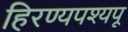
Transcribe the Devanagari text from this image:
हिरण्यपश्यपू